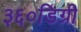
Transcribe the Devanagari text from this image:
३६०डिग्री